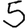
Digit: 5